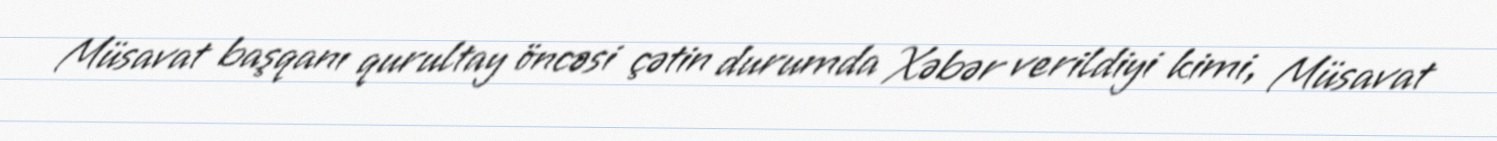
Müsavat başqanı qurultay öncəsi çətin durumda Xəbər verildiyi kimi, Müsavat